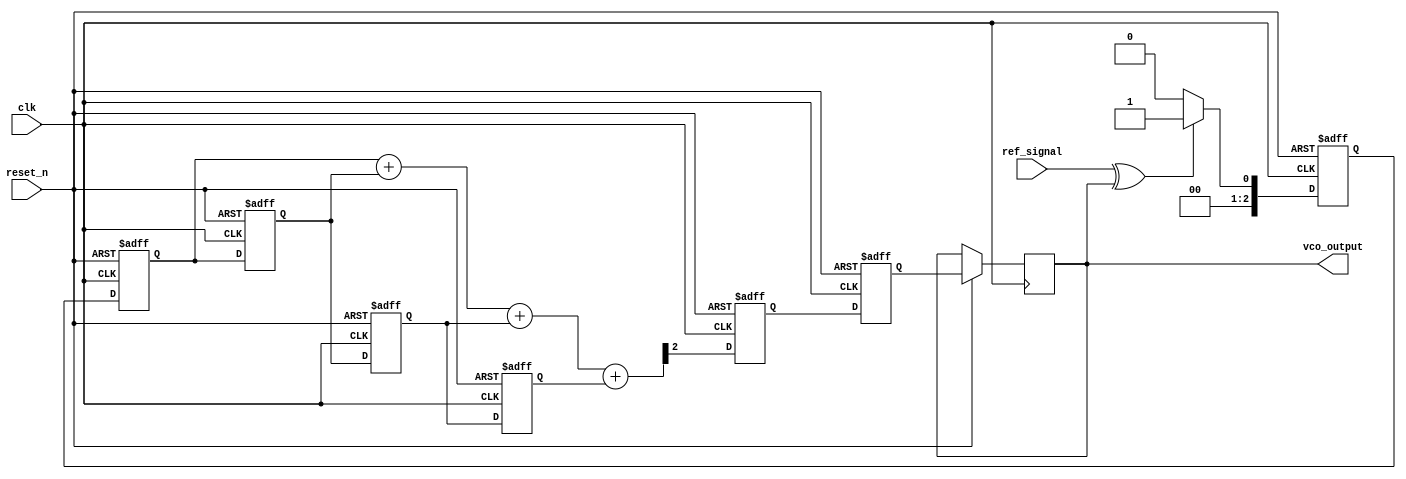
module memory_blocks_pll (
    input wire clk,                   // System clock
    input wire reset_n,               // Active low reset
    input wire ref_signal,            // Reference input signal
    output reg vco_output             // VCO output
);

// Parameters
parameter PHASE_ERROR_WIDTH = 8;    // Width for phase error representation
parameter CONTROL_VOLTAGE_WIDTH = 8; // Control voltage width
parameter VCO_OUTPUT_WIDTH = 8;      // VCO output frequency width
parameter LPF_TAPS = 4;              // Number of LPF taps

// Internal signals
reg [PHASE_ERROR_WIDTH-1:0] phase_error;           // Phase difference signal
reg [CONTROL_VOLTAGE_WIDTH-1:0] control_voltage;    // Control voltage for VCO
reg [CONTROL_VOLTAGE_WIDTH-1:0] lpf_states [0:LPF_TAPS-1]; // LPF state storage
reg [VCO_OUTPUT_WIDTH-1:0] vco_frequency;           // VCO frequency control
integer i;

// Phase Detector (PD) - Simple XOR-based example
always @(posedge clk or negedge reset_n) begin
    if (!reset_n) begin
        phase_error <= 0;
    end else begin
        // Calculate phase error (XOR for this example)
        phase_error <= (ref_signal ^ vco_output) ? 1 : 0;
    end
end

// Low Pass Filter (LPF)
always @(posedge clk or negedge reset_n) begin
    if (!reset_n) begin
        control_voltage <= 0;
        for (i = 0; i < LPF_TAPS; i = i + 1) begin
            lpf_states[i] <= 0; // Initialize LPF states
        end
    end else begin
        // Update LPF states and calculate control voltage
        for (i = 1; i < LPF_TAPS; i = i + 1) begin
            lpf_states[i] <= lpf_states[i-1]; // Shift register for LPF
        end
        lpf_states[0] <= phase_error; // New phase error input
        control_voltage <= (lpf_states[0] + lpf_states[1] + lpf_states[2] + lpf_states[3]) >> 2; // Simple averaging
    end
end

// Voltage-Controlled Oscillator (VCO)
always @(posedge clk or negedge reset_n) begin
    if (!reset_n) begin
        vco_frequency <= 0;
    end else begin
        // Update VCO frequency based on control voltage
        vco_frequency <= control_voltage; // Simple mapping for this example
        vco_output <= vco_frequency; // Generate output from frequency
    end
end

endmodule